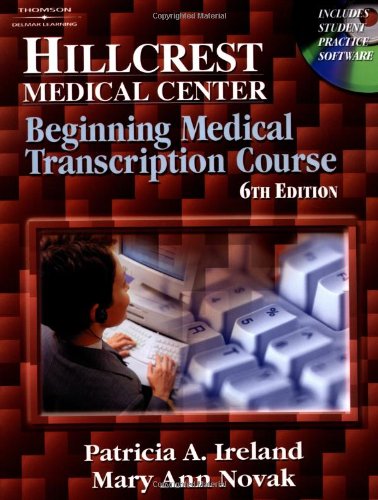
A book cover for Hillcrest Medical Center: Beginning Medical Transcription Course; Patricia Ireland; Medical Books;